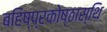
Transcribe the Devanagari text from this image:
बहिष्प्रकोष्ठास्थि